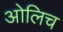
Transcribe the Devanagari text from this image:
ओलिच